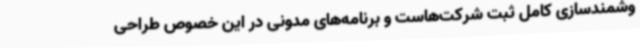
وشمندسازی کامل ثبت شرکت‌هاست و برنامه‌های مدونی در این خصوص طراحی